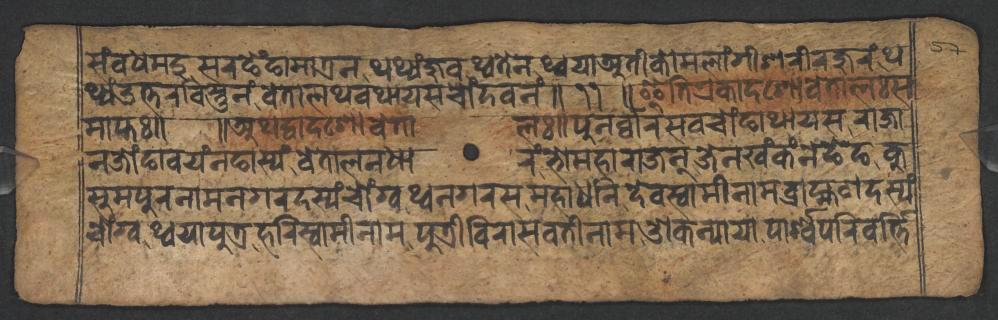
𑐳𑑄𑐧𑑄𑐢𑐩𑐡𑐸𑐳𑐬𑐒𑐾𑑄𑐒𑐵𑐩𑐵𑐟𑑂𑐬𑐣𑐠𑐠𑑂𑐫𑑄𑐖𑐸𑐰𑐠𑑂𑐰𑐟𑐾𑐣𑐠𑑂𑐰𑐫𑐵𑐀𑐟𑐷𑐎𑑀𑐩𑐮𑐵𑑄𑐐𑐷𑐱𑐬𑐷𑐬𑐖𑐸𑐬𑑄𑐠 𑐠𑑂𑐫𑑄𑐄𑐟𑑂𑐟𑐬𑐧𑐶𑐳𑑂𑐟𑐸𑐣𑑄𑐰𑐾𑐟𑐵𑐮𑐠𑐰𑐠𑐵𑐫𑐳𑐔𑑀𑑄𑐡𑐰𑐣𑑄𑑌𑑑𑑑𑑌𑐂𑐟𑐶𑐊𑐎𑐵𑐡𑐱𑑀𑐰𑐾𑐟𑐵𑐮𑑅𑐳 𑐩𑐵𑐥𑑂𑐟𑑅𑑌 𑑌𑐀𑐠𑐡𑑂𑐰𑐵𑐡𑐱𑑀𑐰𑐾𑐟𑐵𑐮𑑅𑑌𑐥𑐸𑐣𑐬𑑂𑐰𑑂𑐰𑐵𑐬𑐳𑐰𑐔𑑀𑑄𑐒𑐵𑐠𑐵𑐫𑐳𑐬𑐵𑐖𑐵 𑐣𑐖𑑀𑑄𑐒𑐵𑐰𑐫𑑄𑐣𑐒𑐵𑐳𑑂𑐫𑑄𑐰𑐾𑐟𑐵𑐮𑐣𑐢𑐵𑐬𑑄𑐨𑑀𑐩𑐴𑐵𑐬𑐵𑐖𑐣𑑂𑐖𑐾𑐣𑐏𑑄𑐎𑑄𑐣𑐾𑐒𑐾𑐒𑐎𑐸 𑐳𑐸𑐩𑐥𑐸𑐬𑐣𑐵𑐩𑐣𑐐𑐬𑐡𑐳𑑂𑐫𑑄𑐔𑑀𑑄𑐐𑑂𑐰𑐠𑑂𑐰𑐣𑐐𑐬𑐳𑐩𑐴𑐵𑐢𑐣𑐶𑐡𑐾𑐰𑐳𑑂𑐰𑐵𑐩𑐷𑐣𑐵𑐩𑐧𑑂𑐬𑐵𑐴𑑂𑐩𑐞𑐡𑐳𑑂𑐫𑑄 𑐔𑑀𑑄𑐐𑑂𑐰𑐠𑑂𑐰𑐫𑐵𑐥𑐸𑐟𑑂𑐬𑐴𑐬𑐶𑐳𑑂𑐰𑐵𑐩𑐷𑐣𑐵𑐩𑐥𑐸𑐟𑑂𑐬𑐷𑐰𑐶𑐬𑐵𑐳𑐰𑐟𑐷𑐣𑐵𑐩𑐌𑐎𑐣𑑂𑐫𑐵𑐫𑐵𑐥𑐵𑐬𑑂𑐱𑑂𑐰𑐥𑐬𑐶𑐰𑐬𑑂𑐟𑑂𑐟𑐶